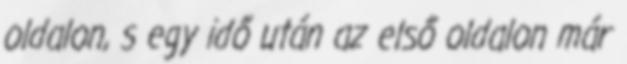
oldalon, s egy idő után az első oldalon már